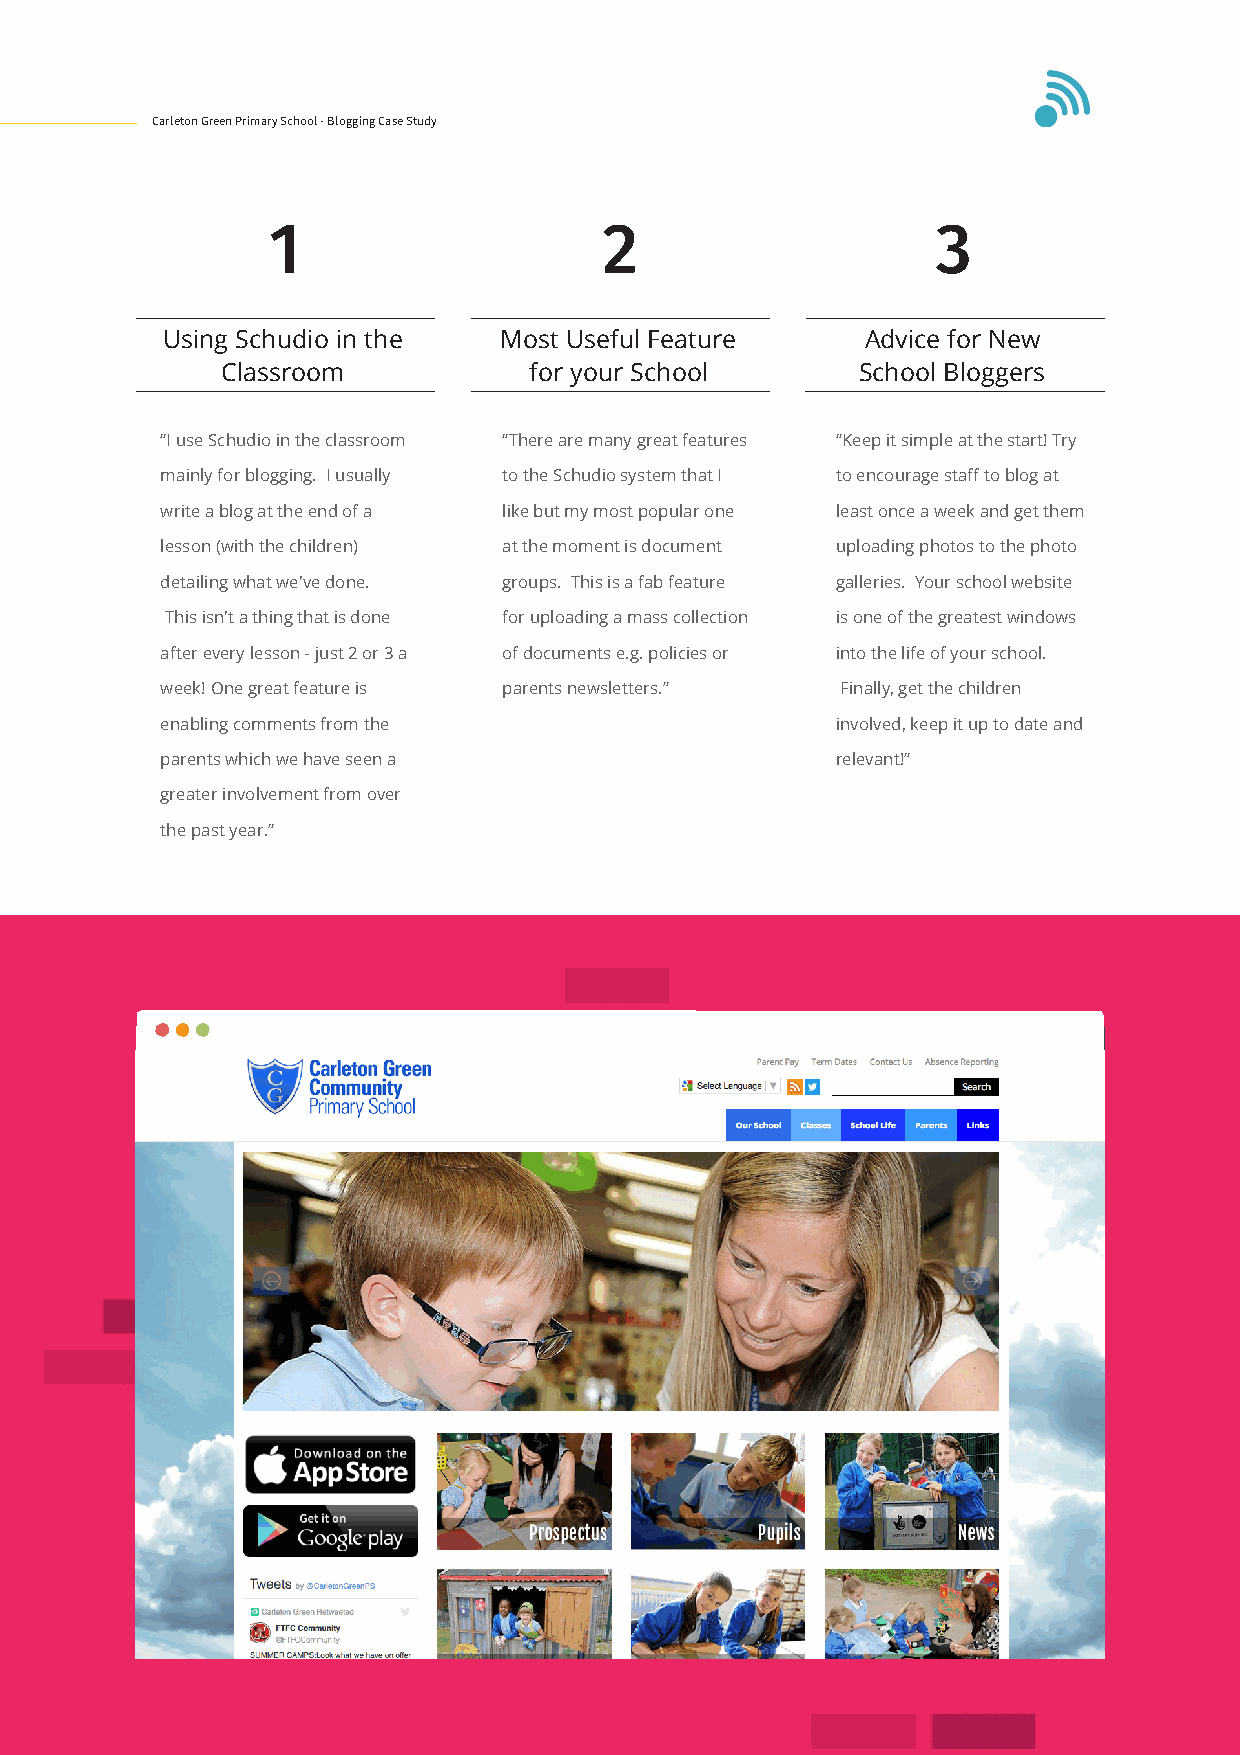
Carleton Green Primary School - Blogging Case Study
 1                     2                     3
 Using Schudio in the  Most Useful Feature     Advice for New
 Classroom           for your School       School Bloggers
 “I use Schudio in the classroom “There are many great features “Keep it simple at the start! Try
 mainly for blogging. I usually to the Schudio system that I to encourage staff to blog at
 write a blog at the end of a like but my most popular one least once a week and get them
 lesson (with the children) at the moment is document uploading photos to the photo
 detailing what we've done. groups. This is a fab feature galleries. Your school website
 This isn't a thing that is done for uploading a mass collection is one of the greatest windows
 after every lesson - just 2 or 3 a of documents e.g. policies or into the life of your school.
 week! One great feature is parents newsletters.” Finally, get the children
 enabling comments from the                  involved, keep it up to date and
 parents which we have seen a                relevant!”
 greater involvement from over
 the past year.”